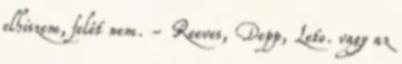
elhiszem, felét nem. - Reeves, Depp, Leto. vagy az